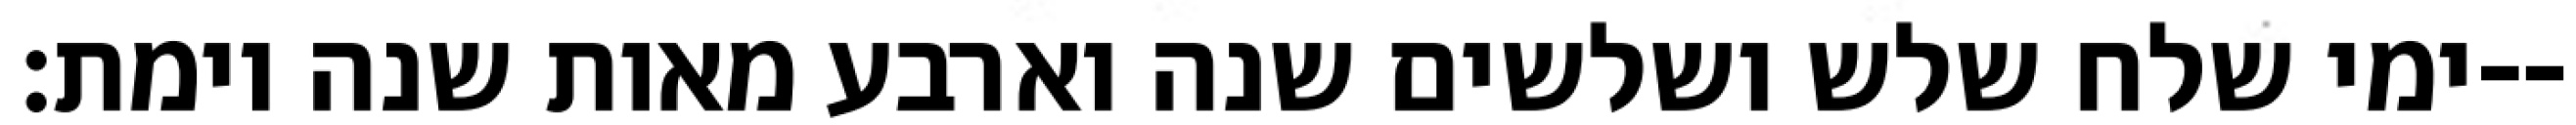
ימי שלח שלש ושלשים שנה וארבע מאות שנה וימת׃--